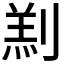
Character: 𫦑